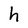
Character: h